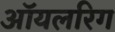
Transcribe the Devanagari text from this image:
ऑयलरिग